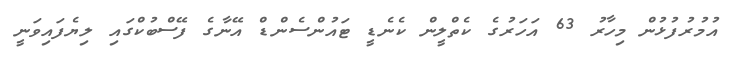
އުމުރުފުޅުން މިހާރު 63 އަހަރުގެ ކެތްލީން ކެނެޑީ ޓައުންސެންޑް އޭނާގެ ފޭސްބުކްގައި ލިޔެފައިވަނީ